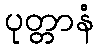
ပုတ္တာနံ